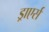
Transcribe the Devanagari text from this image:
ड्राएर्स